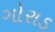
ગોરાડ